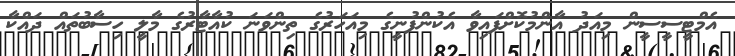
އެމްޓީސީސީން މިއަދު އާންމުކޮށްފައިވާ އެކުންފުނީގެ މިއަހަރުގެ ތިންވަނަ ކުއާޓާރުގެ މާލީ ހިސާބުތައް ދައްކާ